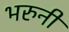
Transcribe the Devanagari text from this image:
भरुनी